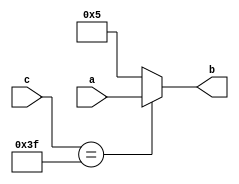
/*//////////////////////////////////////////////////////////////////////////////
//                                                                            //
//               Application Assignment Problem 2 Module 3 Course 2           //
//                                                                            //
////////////////////////////////////////////////////////////////////////////////
//
// [Replace [items in brackets] with your content]
// @file AAC2M1P2.vhd
// @brief Application Assignment 2-007 Example code with errors to be found
// @version: 1.0 
// Date of current revision:  @date 2019-06-20  
// Target FPGA: [Intel Altera MAX10] 
// Tools used: [Quartus Prime 16.1 or Sigasi] for editing and/or synthesis 
//             [Modeltech ModelSIM 10.4a Student Edition] for simulation 
//             [Quartus Prime 16.1]  for place and route if applied
//             
//  Functional Description:  This file contains the Verilog which describes the 
//               FPGA implementation of a fixed/variable 4-bit mux. The inputs 
//               are a, a 4-bit vector, a fixed 4-bit vector, and c, a 6-bit
//               selector, with b, a 4-bit vector as the output.  

//  Hierarchy:  There is only one level in this simple design.
//  
//  Designed by:  @author [your name] 
//                [Organization]
//                [email] 
// 
//      Copyright (c) 2019 by Tim Scherr
//
// Redistribution, modification or use of this software in source or binary
// forms is permitted as long as the files maintain this copyright. Users are
// permitted to modify this and use it to learn about the field of HDl code.
// Tim Scherr and the University of Colorado are not liable for any misuse
// of this material.
//////////////////////////////////////////////////////////////////////////////
// 
*/
//module find_errors                           // line 1
//  input  a[0:3];                             // line 2
//  output [3:0]b;                             // line 3
//  input [5:0]c                               // line 4
//                                             // line 5
//  wire [0:3]aw;                              // line 6
//  wire [3:0]bw;                              // line 7
//  reg [5:0]creg                              // line 8
//begin                                        // line 9
//  assign aw = a;                             // line 10
//  assign b = bw;                             // line 11
//  assign creg = c;                           // line 12
//always                                       // line 13 
//  begin                                      // line 14
//    if (creg = 4'h F)   //creg is all 1s     // line 15 
//       bw <= aw;                             // line 16  
//    else                                     // line 17
//     bw <= '0101';                           // line 18   
//    end;                                     // line 19
//  end process;                               // line 20  
//end                                          // line 21   

module find_errors (
	input [3:0] a,
	input [5:0] c,
	output reg [3:0] b
);    

	always @(a, c)
		begin

		if (c == 6'b111111)
			b = a;
		else
			b = 4'b0101; 
		end
endmodule